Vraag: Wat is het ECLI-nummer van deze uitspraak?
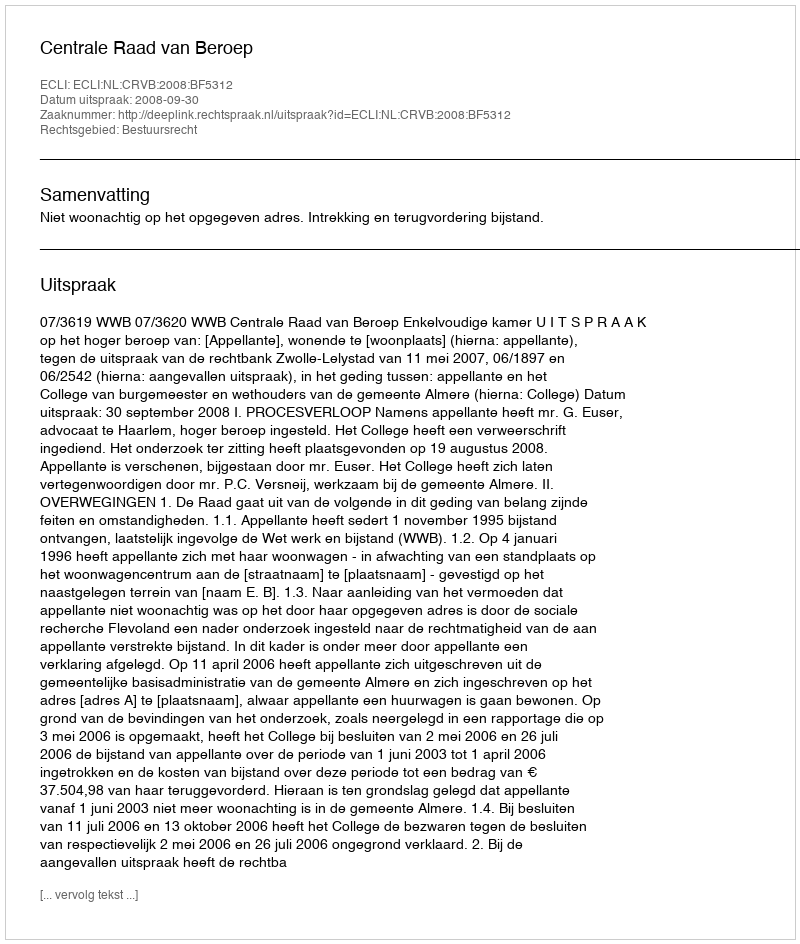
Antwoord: ECLI:NL:CRVB:2008:BF5312